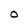
Character: O